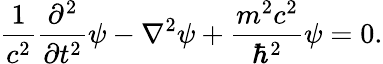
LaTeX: {\frac{1}{c^{2}}}{\frac{\partial^{2}}{\partial t^{2}}}\psi-\mathbf{\nabla}^{2}\psi+{\frac{m^{2}c^{2}}{\hbar^{2}}}\psi=0.